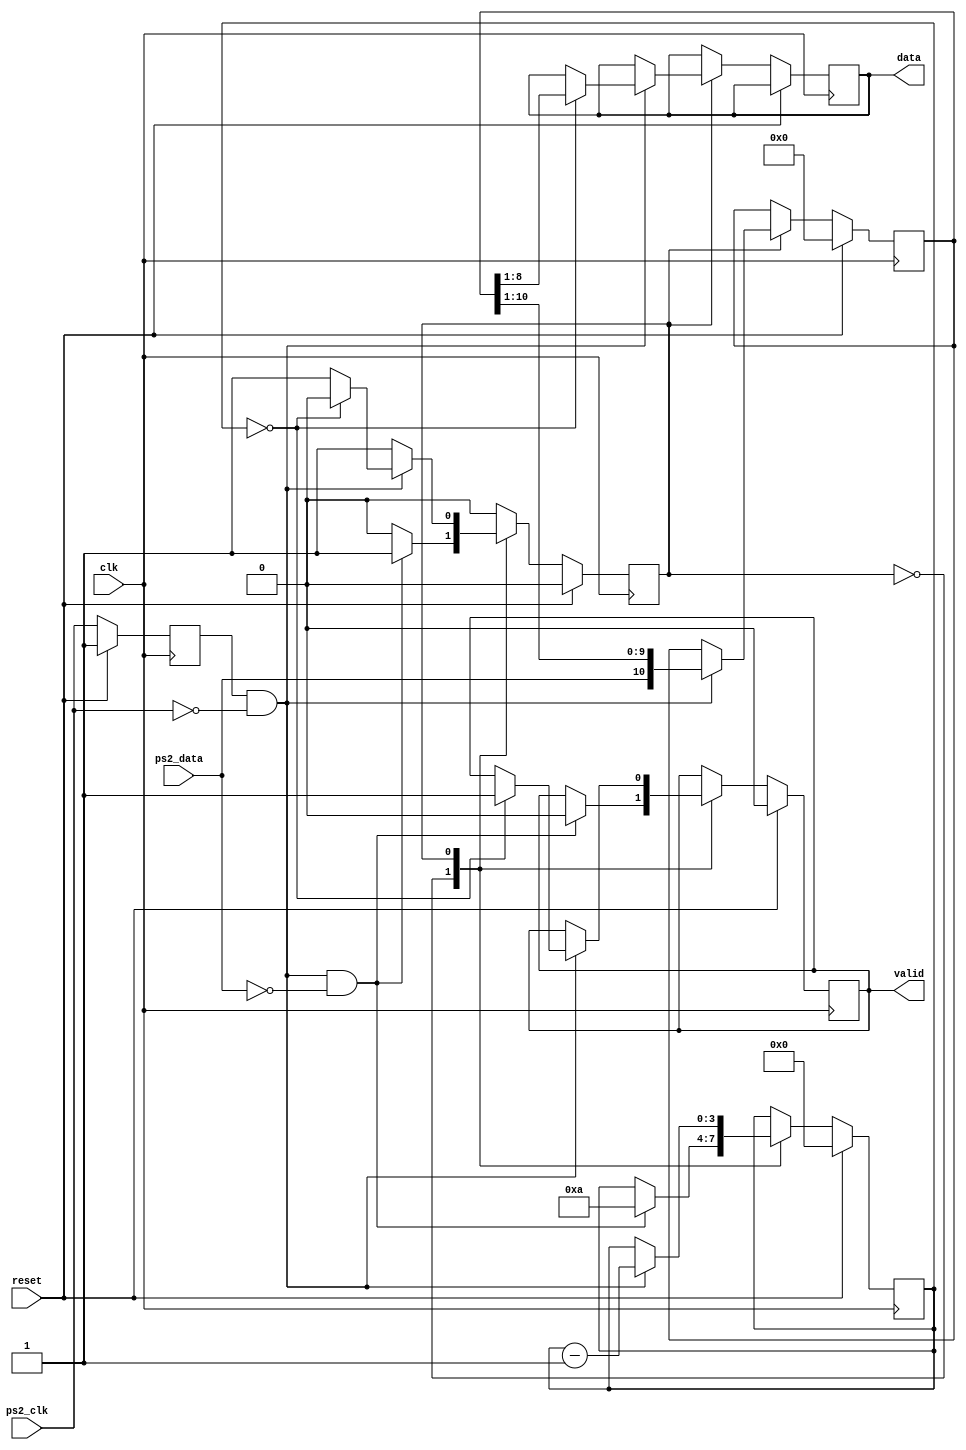
module ps2_interface(
    input wire clk,          // Main system clock
    input wire reset,        // System reset
    input wire ps2_clk,      // PS2 clock line
    input wire ps2_data,     // PS2 data line
    output reg [7:0] data,   // 8-bit data output
    output reg valid         // Data valid signal
);
    // State Encoding
    localparam IDLE = 1'b0;
    localparam RECEIVE = 1'b1;

    // Registers for FSM and data storage
    reg state;
    reg [3:0] bit_count;     // Counter for bits received
    reg [10:0] shift_reg;    // Shift register for incoming data

    // Edge detection for PS2 clock
    reg ps2_clk_prev;
    always @(posedge clk) begin
        if (reset) begin
            ps2_clk_prev <= 1'b1;
        end
        else begin
            ps2_clk_prev <= ps2_clk;
        end
    end

    // Negative edge detection of PS2 clock
    wire negedge_ps2_clk = ps2_clk_prev & ~ps2_clk;

    // FSM Implementation
    always @(posedge clk) begin
        if (reset) begin
            state <= IDLE;
            bit_count <= 4'd0;
            shift_reg <= 11'd0;
            valid <= 1'b0;
        end
        else begin
            case (state)
                IDLE: begin
                    if (negedge_ps2_clk && ps2_data == 0) begin  // Start bit detected
                        state <= RECEIVE;
                        bit_count <= 4'd10;  // Total bits to receive (1 start, 8 data, 1 parity, 1 stop)
                        valid <= 1'b0;
                    end
                end
                RECEIVE: begin
                    if (negedge_ps2_clk) begin
                        bit_count <= bit_count - 1;
                        shift_reg <= {ps2_data, shift_reg[10:1]};  // Shift in the new bit
                        if (bit_count == 0) begin
                            data <= shift_reg[8:1];  // Capture the 8 data bits
                            valid <= 1'b1;  // Data is now valid
                            state <= IDLE;  // Go back to idle state
                        end
                    end
                end
            endcase
        end
    end
endmodule